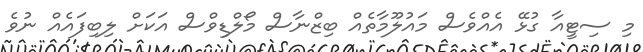
މި ސިޓީއާ ގުޅޭ އެއްވެސް މައުލޫމާތެއް ބިޒްނާސް މޯލްޑިވްސް އަކަށް ލިބިފައެއް ނުވެ